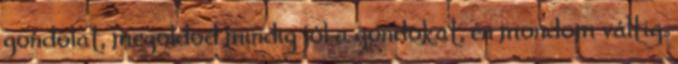
gondolat, megoldod mindig jól a gondokat, én mondom váltig.